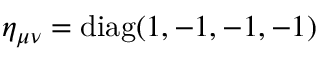
\eta _ { \mu \nu } = \operatorname { d i a g } ( 1 , - 1 , - 1 , - 1 )